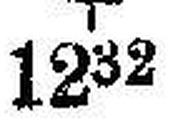
1232